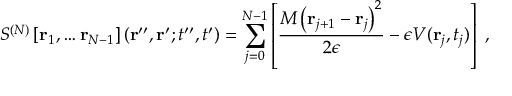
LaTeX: S ^ { ( N ) } \left[ { \bf r } _ { 1 } , \dots { \bf r } _ { N - 1 } \right] ( { \bf r } ^ { \prime \prime } , { \bf r } ^ { \prime } ; t ^ { \prime \prime } , t ^ { \prime } ) = \sum _ { j = 0 } ^ { N - 1 } \left[ \frac { M \left( { \bf r } _ { j + 1 } - { \bf r } _ { j } \right) ^ { 2 } } { 2 \epsilon } - \epsilon V ( { \bf r } _ { j } , t _ { j } ) \right] \; ,